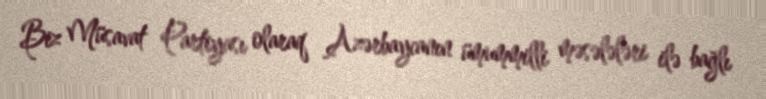
Biz Müsavat Partiyası olaraq Azərbaycanın ümummilli məsələləri ilə bağlı